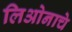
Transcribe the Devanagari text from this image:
लिओनाचे